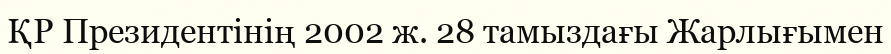
ҚР Президентінің 2002 ж. 28 тамыздағы Жарлығымен